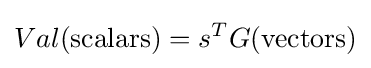
Val(\mathrm {scalars} )=s^{T}G(\mathrm {vectors} )